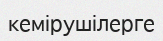
кемірушілерге